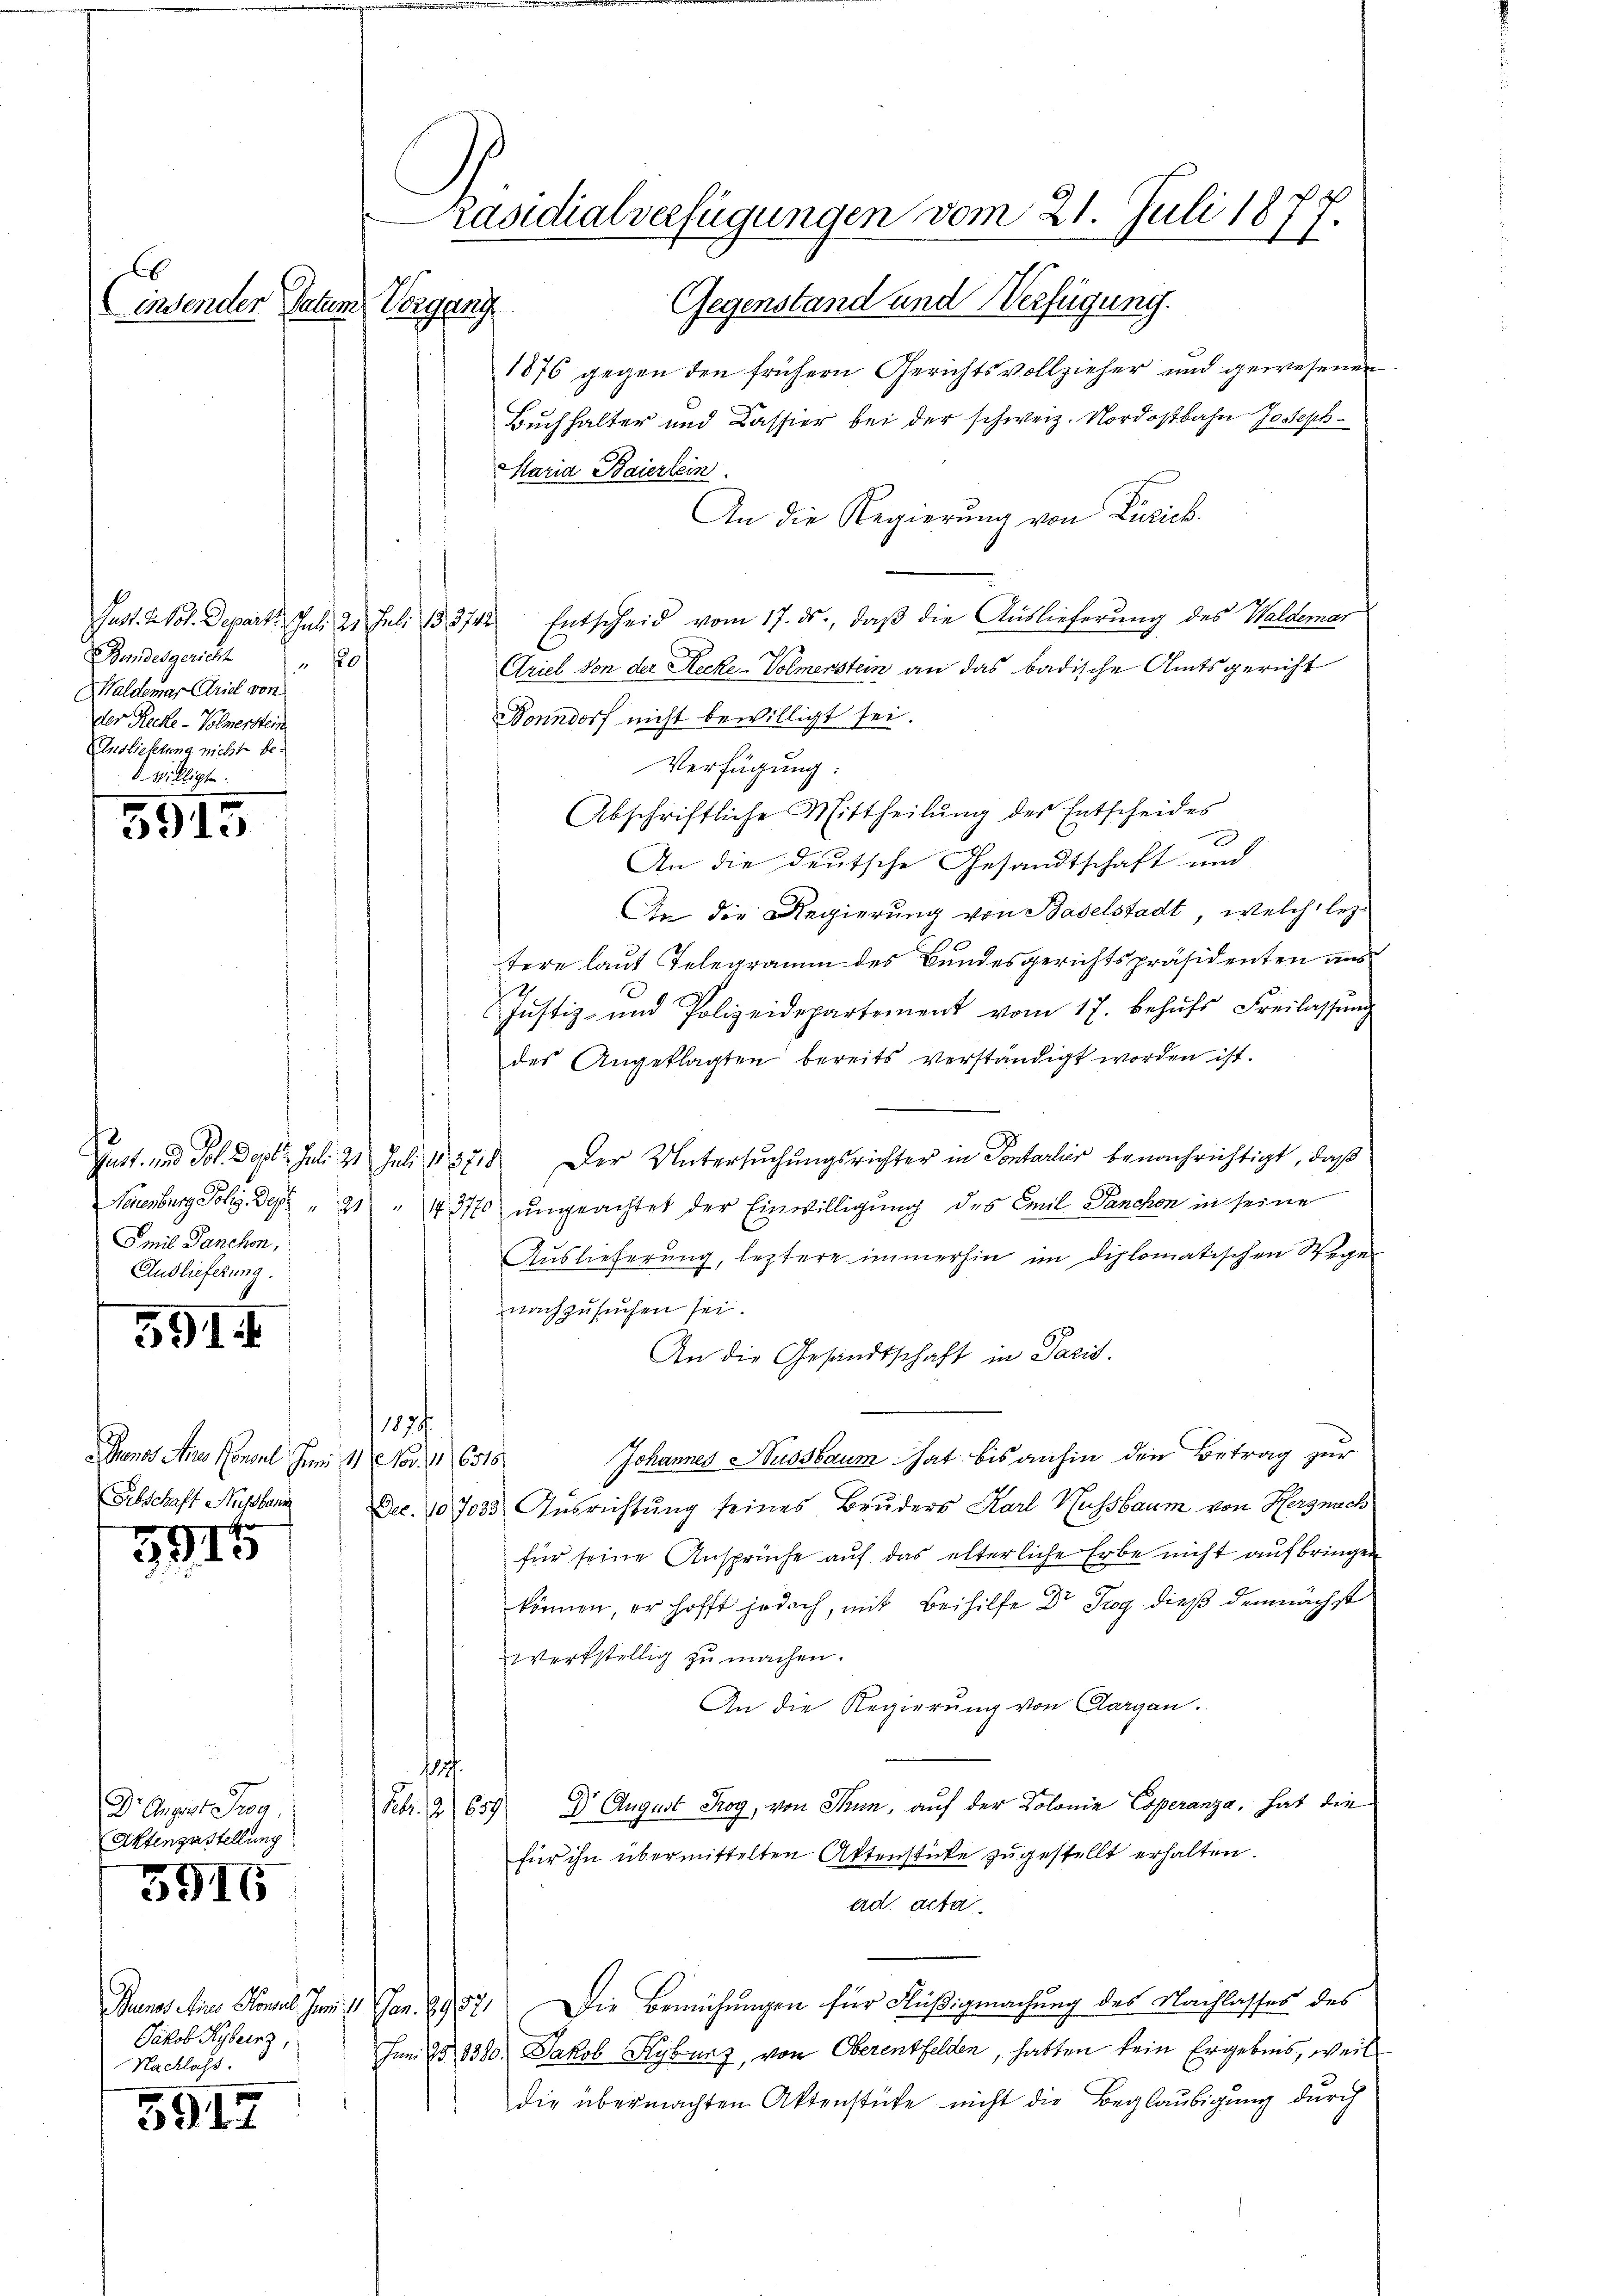
insender Datum

Pasl. M. Kot. Departe. Juli 21. Juli 183712
Bandesgericht " 20
Waldemar Ariel von
der Recke -Volmerstein
Anslieferung nicht bed. Willigt.

3915

Smit Panchon,
Auslieferung.

591 f

anos Ain Konsul Juni 11 Nov. 16318
Sibschaft Nussbann

3915

Dr. August Prog
Aktenzustellung

3916

Jakob Kyburg,
Nachlass.

5917

Präsidialverfügungen vom 21. Juli 1877.
Gegenstand und Verfügung.
Regg
1876 gegen den frühern Gerichtsvollzieher und gewesenen

Buchhalter und Bassier bei der schweiz. Nordostbahn Joseph
Maria Baierlein
An die Regierung von Zürich.
Entscheid vom 17. ds., daß die Auslieferung des Waldemar
Criel von der Recke-Volmerstein an das badische Amtsgericht
Bonndorf nicht bewilligt sei.
Verfügung:
Abschriftliche Mittheilŭng des Entscheides
d
2
An die deutsche Gesandtschaft und
An die Regierung von Baselstadt, welch leztere laut Telegramm des Bundesgerichtspräsidenten aus
Justiz- und Polizeidepartement vom 17. behŭfs Freilassŭng
des Angeklagten bereits verständigt worden ist.
Gust. und Joh. Sept. Juli 21 Juli 185718. Der Untersuchungsrichter in Sontarlier benachrichtigt, daß
Neuenburg Johs. Der " 21 " 470 ungeachtet der Einwilligung des Emil Janchon in seine
Auslieferung, leztere immerhin im diplomatischen Wege
nachzusuchen sei.
An die Gesandtschaft in Paris.
1874
Johannes Nussbaum hat bis anhin den Betrag zur
Dec. 107035 Ausrichtung seines Bruders Karl Hussbaum von Herz nach
für seine Ansprüche auf das elterliche Erbe nicht aufbringen
können, er hofft jedoch, mit Beihilfe Dr Trog dieß demnächst
werkstellig zu machen.
An die Regierung von Aargau.
1834.
Febr. 2659) Dr. August Trog, von Thun, auf der Kolonie Coperanza, hat die
für ihn übermittelten Aktenstücke zugestellt erhalten.
ad acta.
Bunos Ains Konsul Jun. 11 Jan. 8957. Die Bemühungen für Flüßigmachung des Nachlasses des
Juni 25, 1380. Jakob Kyburz, von Oberentfelden, hatten kein Ergebnis, weil
die übermachten Aktenstücke nicht die Beglaubigung durch